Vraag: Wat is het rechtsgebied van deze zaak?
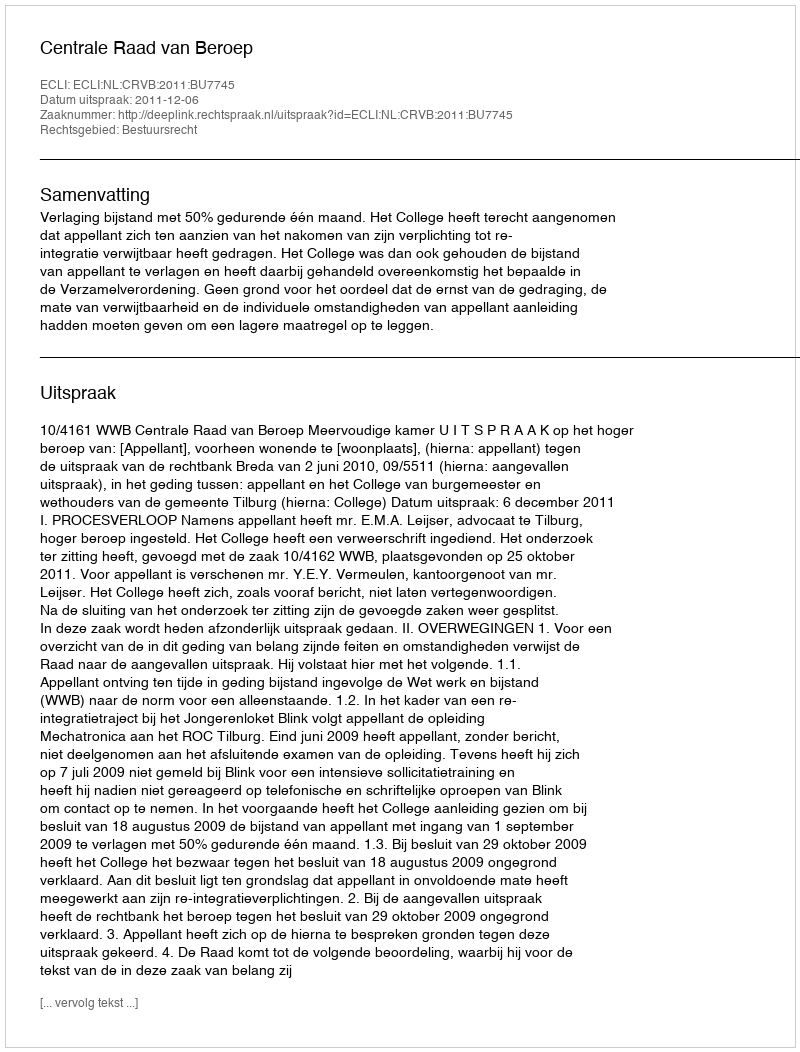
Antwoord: Bestuursrecht